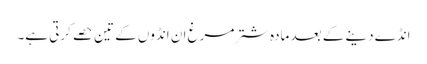
انڈے دینے کے بعد مادہ شترمرغ ان انڈوں کے تین حصے کرتی ہے۔